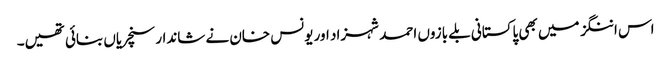
اس اننگز میں بھی پاکستانی بلے بازوں احمد شہزاد اور یونس خان نے شاندار سنچریاں بنائی تھیں۔